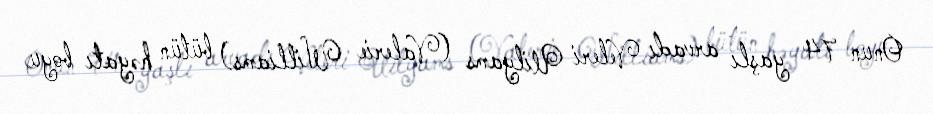
Onun 74 yaşlı arvadı Veleri Uilyams (Valerie Williams) bütün həyatı boyu